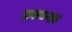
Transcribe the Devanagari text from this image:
हबाकदल